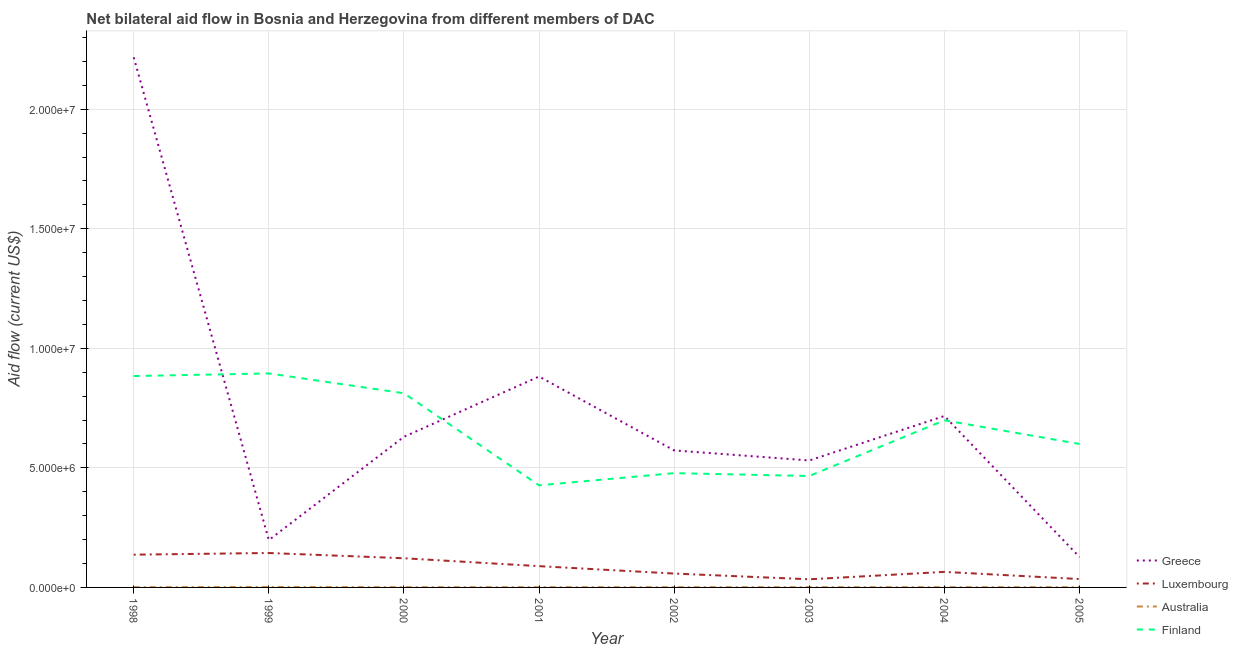
| Year | Greece | Luxembourg | Australia | Finland |
 | --- | --- | --- | --- | --- |
 | 1998 | 2.22e+07 | 1.37e+06 | 1e+04 | 8.84e+06 |
 | 1999 | 1.98e+06 | 1.44e+06 | 2e+04 | 8.95e+06 |
 | 2000 | 6.3e+06 | 1.22e+06 | 1e+04 | 8.12e+06 |
 | 2001 | 8.82e+06 | 8.9e+05 | 1e+04 | 4.27e+06 |
 | 2002 | 5.73e+06 | 5.8e+05 | 1e+04 | 4.78e+06 |
 | 2003 | 5.31e+06 | 3.4e+05 | 1e+04 | 4.66e+06 |
 | 2004 | 7.17e+06 | 6.5e+05 | 1e+04 | 6.99e+06 |
 | 2005 | 1.27e+06 | 3.5e+05 | 1e+04 | 6e+06 |